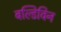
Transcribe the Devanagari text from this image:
बल्डिविन